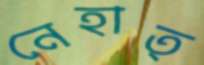
নেহাত্